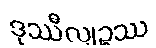
ဒုဿီလျဉ္စဿ